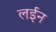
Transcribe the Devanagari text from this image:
लईन